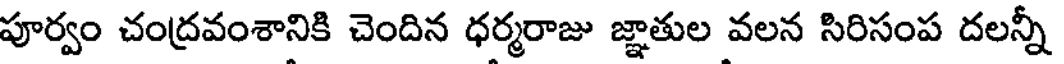
పూర్వం చంద్రవంశానికి చెందిన ధర్మరాజు జ్ఞాతుల వలన సిరిసంప దలన్నీ